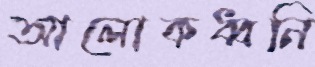
আলোকধ্বনি